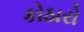
કોઠારો